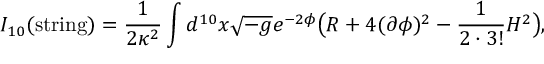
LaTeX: { I _ { 1 0 } ( \mathrm { s t r i n g } ) = { \frac { 1 } { 2 \kappa ^ { 2 } } } \int d ^ { 1 0 } x \sqrt { - g } e ^ { - 2 \phi } \big ( R + 4 ( \partial \phi ) ^ { 2 } - { \frac { 1 } { 2 \cdot 3 ! } } H ^ { 2 } \big ) , }